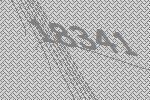
18341